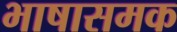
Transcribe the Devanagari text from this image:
भाषासमक